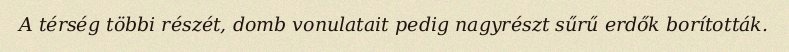
A térség többi részét, domb vonulatait pedig nagyrészt sűrű erdők borították.